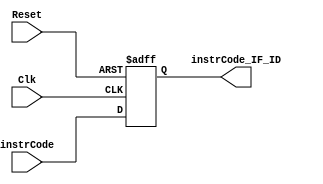
`timescale 1ns / 1ps
//////////////////////////////////////////////////////////////////////////////////
// Company: 
// Engineer: 
// 
// Design Name: 
// Module Name: IF_ID
// Project Name: 
// Target Devices: 
// Tool Versions: 
// Description: 
// 
// Dependencies: 
// 
// Revision:
// Revision 0.01 - File Created
// Additional Comments:
// 
//////////////////////////////////////////////////////////////////////////////////


module IF_ID(Clk,Reset,instrCode,instrCode_IF_ID);

input [31:0] instrCode;
input Clk,Reset;
output reg [31:0] instrCode_IF_ID;

always @ (posedge Clk, negedge Reset)
begin  
    if( Reset == 0 )
        instrCode_IF_ID = 32'b0;
    else
        instrCode_IF_ID = instrCode;
end
endmodule